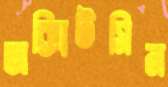
অক্সিটসিন